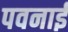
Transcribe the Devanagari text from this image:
पवनाई